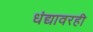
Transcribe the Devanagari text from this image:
धंद्यावरही